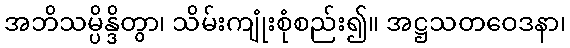
အဘိသမ္ပိန္ဒိတွာ၊ သိမ်းကျုံးစုံစည်း၍။ အဋ္ဌသတဝေဒနာ၊